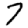
Digit: 7